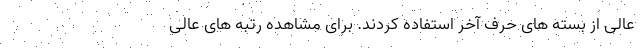
عالی از بسته های حرف آخر استفاده کردند. برای مشاهده رتبه های عالی